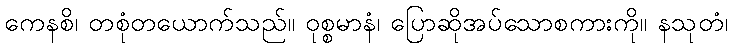
ကေနစိ၊ တစုံတယောက်သည်။ ဝုစ္စမာနံ၊ ပြောဆိုအပ်သောစကားကို။ နသုတံ၊